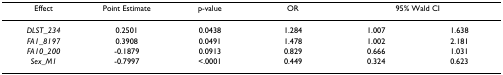
| Effect | Point Estimate | p-value | OR | <COLSPAN=2> 95% Wald CI |
 | --- | --- | --- | --- | --- | --- |
 | DLST_234 | 0.2501 | 0.0438 | 1.284 | 1.007 | 1.638 |
 | FA1_8197 | 0.3908 | 0.0491 | 1.478 | 1.002 | 2.181 |
 | FA10_200 | -0.1879 | 0.0913 | 0.829 | 0.666 | 1.031 |
 | Sex_M1 | -0.7997 | <.0001 | 0.449 | 0.324 | 0.623 |